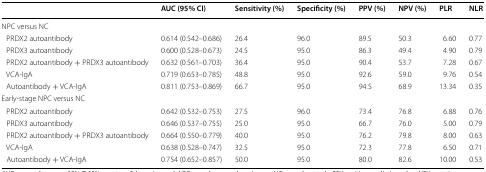
|  | AUC (95% CI) | Sensitivity (%) | Specificity (%) | PPV (%) | NPV (%) | PLR | NLR |
 | --- | --- | --- | --- | --- | --- | --- | --- |
 | <COLSPAN=8> NPC versus NC |
 | PRDX2 autoantibody | 0.614 (0.542–0.686) | 26.4 | 96.0 | 89.5 | 50.3 | 6.60 | 0.77 |
 | PRDX3 autoantibody | 0.600 (0.528–0.673) | 24.5 | 95.0 | 86.3 | 49.4 | 4.90 | 0.79 |
 | PRDX2 autoantibody + PRDX3 autoantibody | 0.632 (0.561–0.703) | 36.4 | 95.0 | 90.4 | 53.7 | 7.28 | 0.67 |
 | VCA-IgA | 0.719 (0.653–0.785) | 48.8 | 95.0 | 92.6 | 59.0 | 9.76 | 0.54 |
 | Autoantibody + VCA-IgA | 0.811 (0.753–0.869) | 66.7 | 95.0 | 94.5 | 68.9 | 13.34 | 0.35 |
 | <COLSPAN=8> Early-stage NPC versus NC |
 | PRDX2 autoantibody | 0.642 (0.532–0.753) | 27.5 | 96.0 | 73.4 | 76.8 | 6.88 | 0.76 |
 | PRDX3 autoantibody | 0.646 (0.537–0.755) | 25.0 | 95.0 | 66.7 | 76.0 | 5.00 | 0.79 |
 | PRDX2 autoantibody + PRDX3 autoantibody | 0.664 (0.550–0.779) | 40.0 | 95.0 | 76.2 | 79.8 | 8.00 | 0.63 |
 | VCA-IgA | 0.638 (0.528–0.747) | 32.5 | 95.0 | 72.3 | 77.8 | 6.50 | 0.71 |
 | Autoantibody + VCA-IgA | 0.754 (0.652–0.857) | 50.0 | 95.0 | 80.0 | 82.6 | 10.00 | 0.53 |